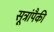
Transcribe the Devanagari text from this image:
सूत्रांपैकी